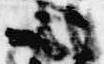
以